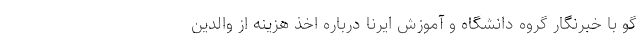
گو با خبرنگار گروه دانشگاه و آموزش ایرنا درباره اخذ هزینه از والدین